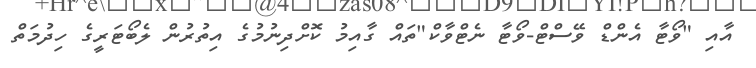
އާއި "ވޯޓާ އެންޑް ވޭސްޓް-ވޯޓާ ނެޓްވާކް"ތައް ގާއިމު ކޮށްދިނުމުގެ އިތުރުން ލެބޯޓަރީގެ ހިދުމަތް